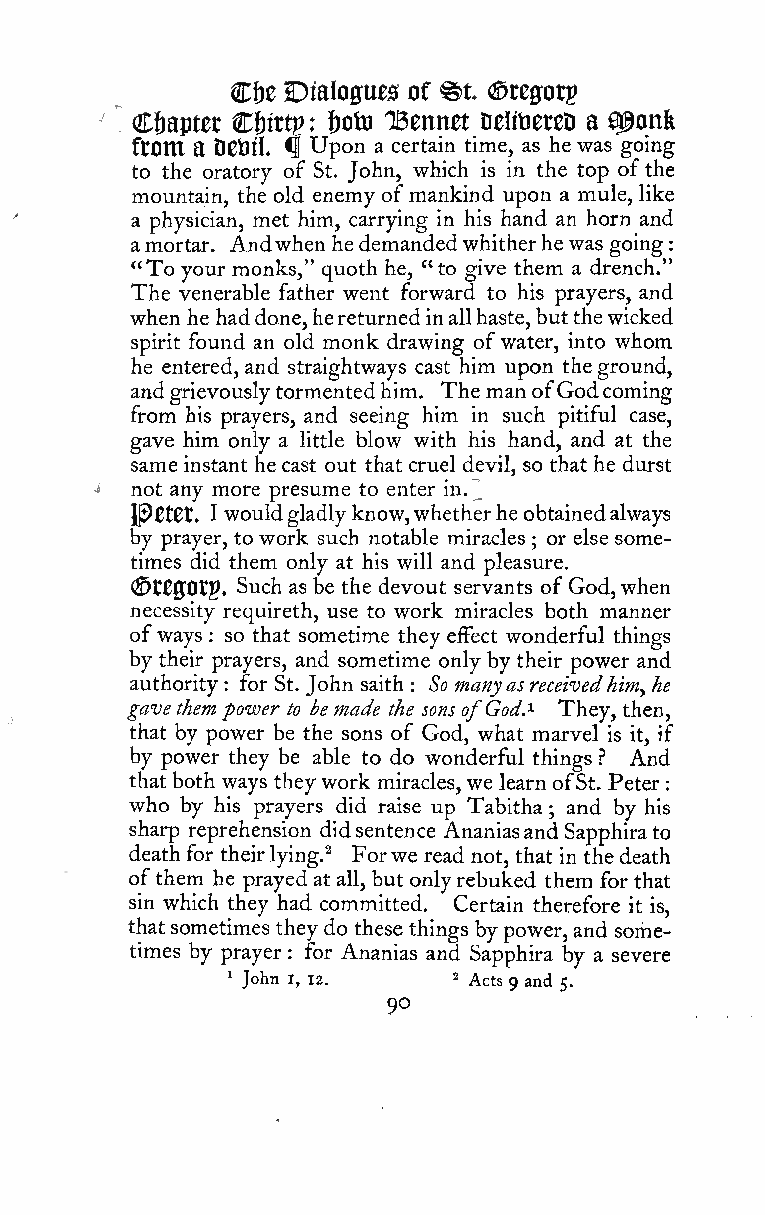
::
 ^t
 Cf)e Dialogues of ©regorg
 Chapter C&irtp : iboto TBennet DelitiereD a Q^onfe
 flOm a Detiil ^ Upon a certain time, as he was going
 to the oratory of St. John, which is in the top ofthe
 mountain, the old enemy ofmankind upon a mule, like
 a physician, met him, carrying in his hand an horn and
 amortar. Andwhen hedemandedwhitherhewas going
 "To your monks," quoth he, "to give them a drench."
 The venerable father went forward to his prayers, and
 when he haddone,hereturnedin allhaste,butthewicked
 spirit found an old monk drawing ofwater, into whom
 he entered, and straightways cast him upon theground,
 andgrievouslytormentedhim. ThemanofGodcoming
 from his prayers, and seeing him in such pitiful case,
 gave him only a little blow with his hand, and at the
 same instant hecast out that cruel devil, so that he durst
 not any more presume to enter in.^
 J^gtet, I wouldgladlyknow,whetherheobtainedalways
 by prayer, to work such notable miracles or else some-
 ;
 times did them only at his will and pleasure.
 <St00Otp. Such as be the devout servants of God,when
 necessity requireth, use to work miracles both manner
 ofways : so that sometime they effect wonderful things
 by their prayers, and sometime onlyby their power and
 authority : for St. John saith : So manyasreceivedhim, he
 gavethempower to be made the sons ofGod.^ They, then,
 that by power be the sons of God, what marvel is it, if
 by power they be able to do wonderful things ^ And
 thatboth ways they work miracles,we learn ofSt. Peter
 who by his prayers did raise up Tabitha ; and by his
 sharp reprehension didsentence Ananiasand Sapphirato
 deathfor theirlying.^ Forwe read not, that in thedeath
 ofthem he prayedat all, but onlyrebuked them forthat
 sin which they had committed. Certain therefore it is,
 thatsometimes they do these things bypower,and some-
 times by prayer for Ananias and Sapphira by a severe
 :
 ' John I, 12.  2 ^jfg g gjjj ^_
 90